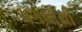
પગલાથી